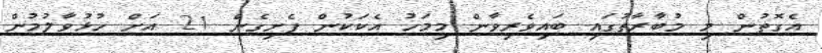
އެގޮތުން މި މުބާރާތުގައި ބައިވެރިވާން މިމަހު އެކަކުން ފެށިގެން 21 އަށް ހުޅުވާލުމުން